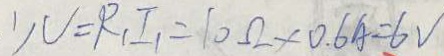
1 ) V = R _ { 1 } I _ { 1 } = 1 0 \Omega \times 0 . 6 A = 6 V